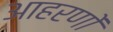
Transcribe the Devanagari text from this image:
आहरणों